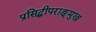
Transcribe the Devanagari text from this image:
प्रसिद्धीपराङ्‌मुख